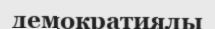
демократиялы